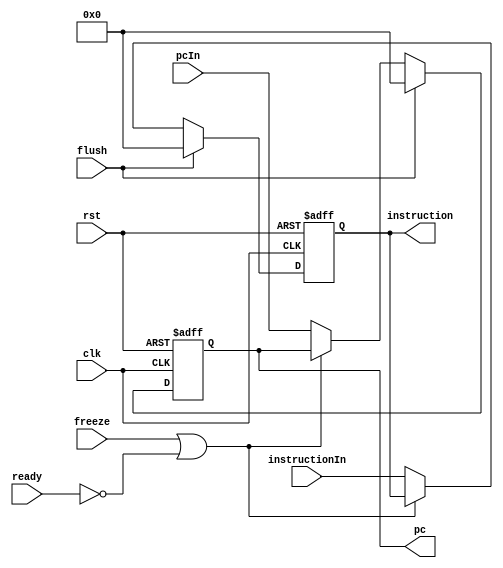
module IF_Stage_Reg(
    input clk, rst, freeze, flush, ready,
    input[31:0] pcIn, instructionIn,
    output reg[31:0] pc, instruction
);
    wire stall;
    assign stall = freeze | ~ready;
    always @(posedge clk or posedge rst) begin
        if(rst) begin
            pc = 32'b0;
            instruction = 32'b0;
        end 
        else if(flush) begin
            pc = 32'b0;
            instruction = 32'b0;
        end 
        else if(stall==1'b0) begin
            pc = pcIn;
            instruction = instructionIn;
        end
    end
endmodule